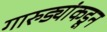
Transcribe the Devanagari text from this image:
गारुड्यांकडून